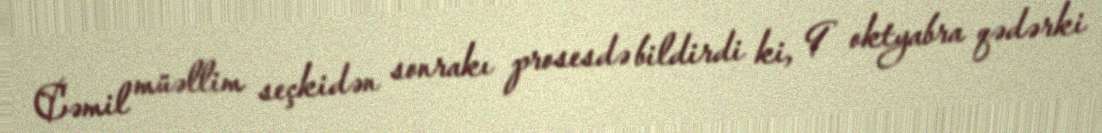
Cəmil müəllim seçkidən sonrakı prosesdə bildirdi ki, 9 oktyabra qədərki